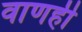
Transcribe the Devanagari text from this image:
वाणही